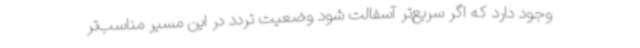
وجود دارد که اگر سریع‌تر آسفالت شود وضعیت تردد در این مسیر مناسب‌تر